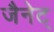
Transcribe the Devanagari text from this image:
जैनेट्